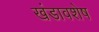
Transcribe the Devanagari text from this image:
खंडावशेष